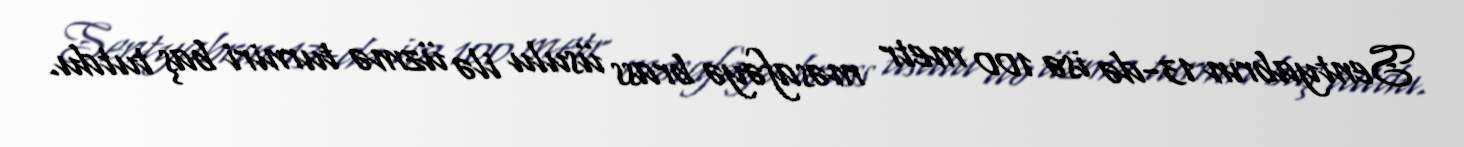
Sentyabrın 13-də isə 100 metr məsafəyə brass üsulu ilə üzmə turniri baş tutdu.